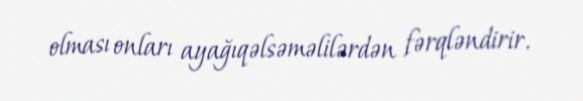
olması onları ayağıqəlsəməlilərdən fərqləndirir.